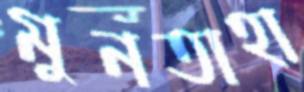
মুনতাহা